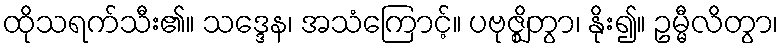
ထိုသရက်သီး၏။ သဒ္ဒေန၊ အသံကြောင့်။ ပဗုဇ္ဈိတွာ၊ နိုး၍။ ဥမ္မီလိတွာ၊